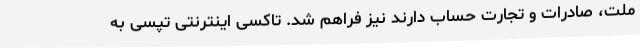
ملت، صادرات و تجارت حساب دارند نیز فراهم شد. تاکسی اینترنتی تپسی به